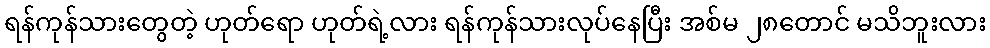
ရန်ကုန်သားတွေတဲ့ ဟုတ်ရော ဟုတ်ရဲ့လား ရန်ကုန်သားလုပ်နေပြီး အစ်မ ၂၈တောင် မသိဘူးလား